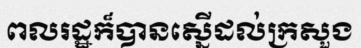
ពលរដ្ឋក៏បានស្នើដល់ក្រសួង